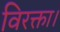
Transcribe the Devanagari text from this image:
विरक्ता।